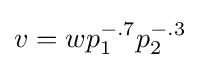
v=wp_{1}^{-.7}p_{2}^{-.3}